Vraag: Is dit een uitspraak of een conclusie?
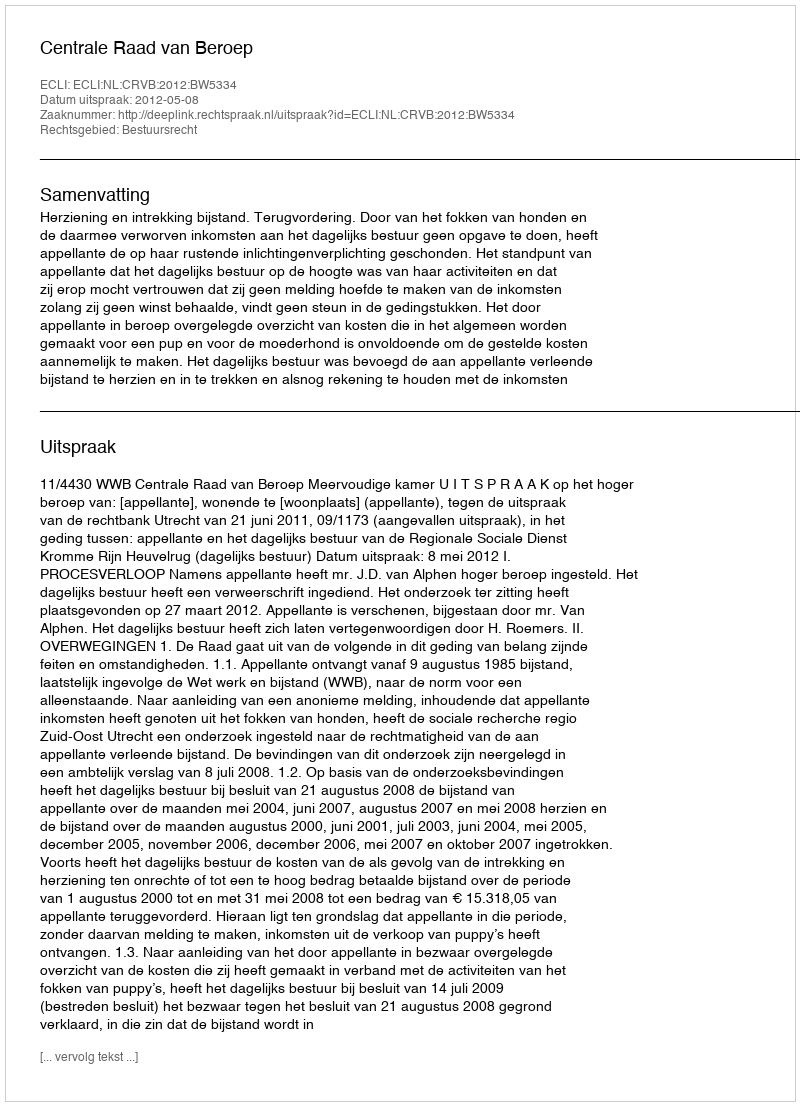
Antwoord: Uitspraak